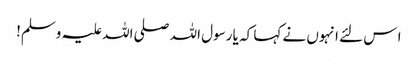
ا س لئے انہوں نے کہا کہ یا رسول اللہ صلی اللہ علیہ وسلم!